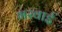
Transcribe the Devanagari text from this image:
भरवाई